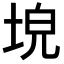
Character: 𡌗